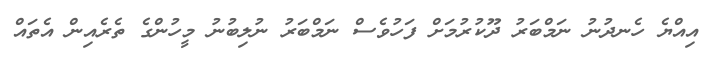
އިއްޔެ ހެނދުނު ނަމްބަރު ދޫކުރުމަށް ފަހުވެސް ނަމްބަރު ނުލިބުނު މީހުންގެ ތެރެއިން އެތައް